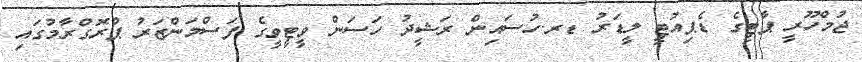
ޖުމްހޫރީ ޕާޓީގެ ޑެޕިއުޓީ ލީޑަރު ޑރ.ހުސައިން ރަޝީދު ހަސަން ވީޓީވީގެ ފަސްމަންޒަރު ޕްރޮގްރާމުގައި